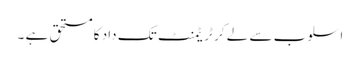
اسلوب سے لے کر ٹریٹمنٹ تک داد کا مستحق ہے ۔